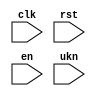
module undetfunc(input clk, input rst, input en, input [7:0] ukn);

reg [7:0] r0;
reg [7:0] r1;
reg [7:0] r2;
reg [7:0] r3;


wire [7:0] res1;
wire [7:0] res2;
wire [7:0] res3;
wire [7:0] res4;

assign res1 = en ? r1+1 : 8'hxx;
assign res2 = en ? r0 + 1 : ukn;
assign res3 = r0+r1+1;
assign res4 = r0 + r1 + r2 + r3;


always @(posedge clk) begin 
  r0 <= res1;
  r1 <= res2;

  if(en)
    r2 <= res3;
  
  r3 <= res4;
end

endmodule